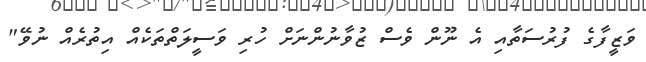
ވަޒީފާގެ ފުރުސަތާއި އެ ނޫން ވެސް ޒުވާނުންނަށް ހުރި ވަސީލަތްތަކެއް އިތުރެއް ނުވޭ"